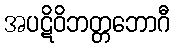
အပဋိဝိဘတ္တဘောဂီ